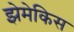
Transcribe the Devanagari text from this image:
झेमेकिस